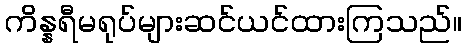
ကိန္နရီမရုပ်များဆင်ယင်ထားကြသည်။